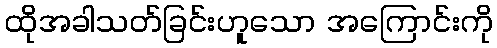
ထိုအခါသတ်ခြင်းဟူသော အကြောင်းကို